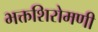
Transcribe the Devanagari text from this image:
भक्तशिरोमणी